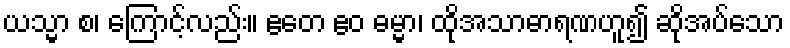
ယသ္မာ စ၊ ကြောင့်လည်း။ ဧတေ ဧဝ ဓမ္မာ၊ ထိုအသာဓာရဏဟူ၍ ဆိုအပ်သော